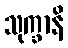
သုက္ခာနိ